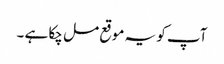
آپ کو یہ موقع مل چکا ہے ۔